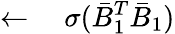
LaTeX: \leftarrow\quad\sigma(\bar{B}_{1}^{T}\bar{B}_{1})